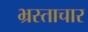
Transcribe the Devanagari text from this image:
भ्रस्ताचार